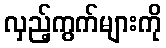
လှည့်ကွက်များကို